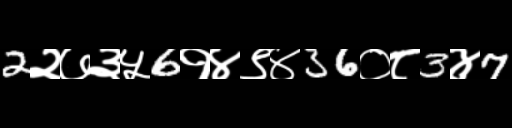
Text: 2२७३५6१४९४36०८3४7